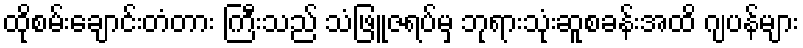
ထိုစမ်းချောင်းတံတား ကြီးသည် သံဖြူဇရပ်မှ ဘုရားသုံးဆူစခန်းအထိ ဂျပန်များ